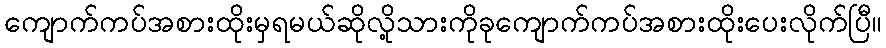
ကျောက်ကပ်အစားထိုးမှရမယ်ဆိုလို့သားကိုခုကျောက်ကပ်အစားထိုးပေးလိုက်ပြီ။